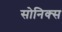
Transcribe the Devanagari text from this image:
सोनिक्स